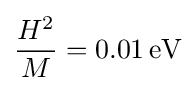
{\frac {H^{2}}{M}}=0.01\,{\text{eV}}